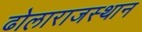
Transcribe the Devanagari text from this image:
ढोलाराजस्थान